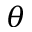
\theta